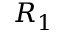
R _ { 1 }